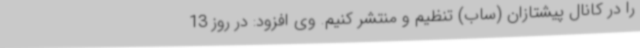
را در کانال پیشتازان (ساب) تنظیم و منتشر کنیم. وی افزود: در روز 13